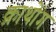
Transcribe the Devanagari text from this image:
क्राथोंग